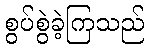
စွပ်စွဲခဲ့ကြသည်